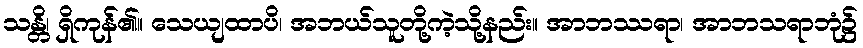
သန္တိ၊ ရှိကုန်၏။ သေယျထာပိ၊ အဘယ်သူတို့ကဲ့သို့နည်း။ အာဘဿရာ၊ အာဘသရာဘုံ၌